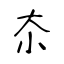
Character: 夵